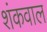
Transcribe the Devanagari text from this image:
शंकवाल